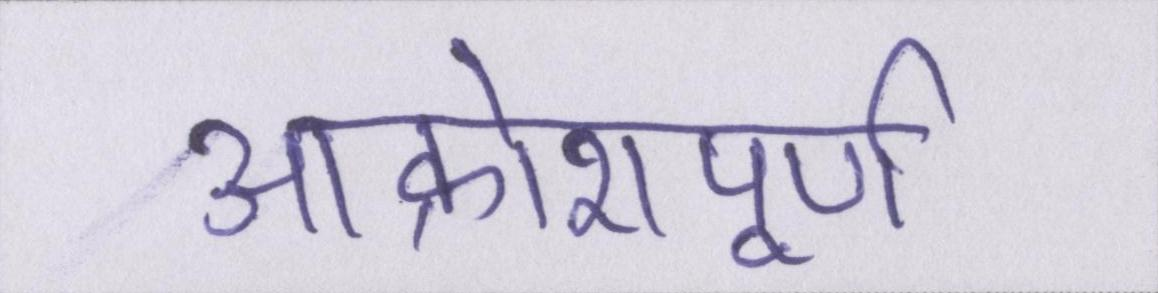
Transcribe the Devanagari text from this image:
आक्रोशपूर्ण